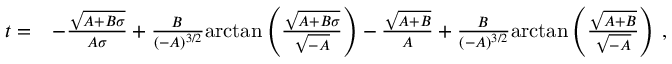
\begin{array} { r l } { t = } & { - \frac { \sqrt { A + B \sigma } } { A \sigma } + \frac { B \, } { ( - A ) ^ { 3 / 2 } } \mathrm { a r c t a n } \left( \frac { \sqrt { A + B \sigma } } { \sqrt { - A } } \right) - \frac { \sqrt { A + B } } { A } + \frac { B \, } { ( - A ) ^ { 3 / 2 } } \mathrm { a r c t a n } \left( \frac { \sqrt { A + B } } { \sqrt { - A } } \right) \, , } \end{array}